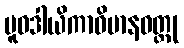
ပူဝဒါယိကာဝိမာနဝတ္ထု